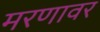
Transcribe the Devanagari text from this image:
मरणावर